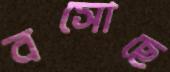
বসোছে